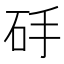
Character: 𱳰